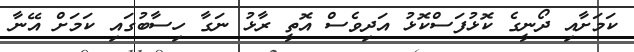
ކަމަށާއި ދޯނީގެ ކޮޅުފަސްކޮޅު އަދިވެސް އޮތީ ރާޅު ނަގާ ހިސާބުގައި ކަމަށް އޭނާ